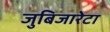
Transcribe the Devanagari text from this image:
जुबिजारेटा